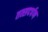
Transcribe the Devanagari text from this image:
तत्सदर्पण